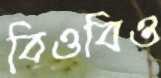
বিওবিও